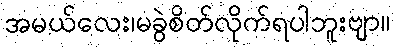
အမယ်လေး၊မခွဲစိတ်လိုက်ရပါဘူးဗျာ။